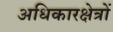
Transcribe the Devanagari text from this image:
अधिकारक्षेत्रों